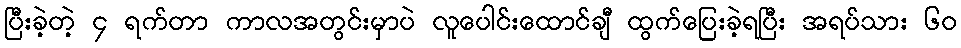
ပြီးခဲ့တဲ့ ၄ ရက်တာ ကာလအတွင်းမှာပဲ လူပေါင်းထောင်ချီ ထွက်ပြေးခဲ့ရပြီး အရပ်သား ၆၀